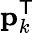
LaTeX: \mathbf{p}_{k}^{\mathsf{T}}